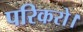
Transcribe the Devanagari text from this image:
परिकरो।